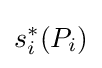
s_{i}^{*}(P_{i})